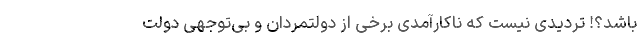
باشد؟! تردیدی نیست که ناکارآمدی برخی از دولتمردان و بی‌توجهی دولت